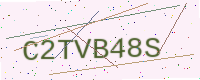
Text: C2TVB48S